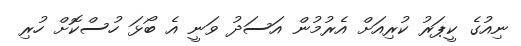
ނިއުގެ ކީޕަރު ކުރިއަށް އެރުމުން އަސަދު ވަނީ އެ ބޯޅަ ހުސްކޮށް ހުރި